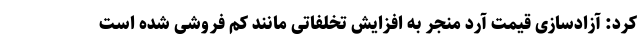
کرد: آزادسازی قیمت آرد منجر به افزایش تخلفاتی مانند کم فروشی شده است